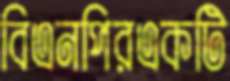
বিএনপিরএকটি